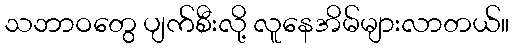
သဘာဝတွေ ပျက်စီးလို့ လူနေအိမ်များလာတယ်။